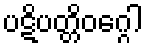
ပဋိပတ္တိဝဂ္ဂေါ